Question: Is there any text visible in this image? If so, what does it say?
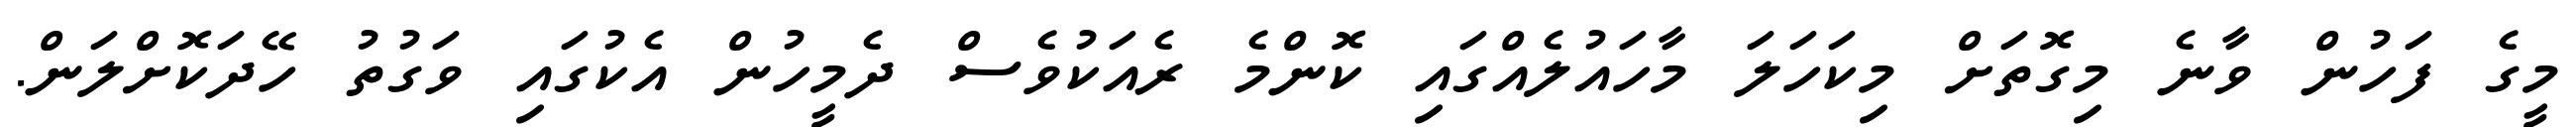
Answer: މީގެ ފަހުން ވާނެ މިގޮތަށް މިކަހަލަ މާހައުލެއްގައި ކޮންމެ ރެއަކުވެސް ދެމީހުން އެކުގައި ވަގުތު ހޭދަކޮށްލަން.